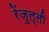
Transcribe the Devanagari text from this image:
रेंज़ुल्ली